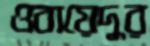
ওবায়েদুর